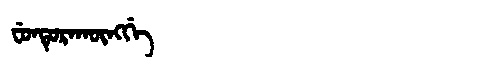
Manchu: ᠸᡠᠨᡨᡠᡵᠠᡴᡡᠩᡤᡝ
Romanization: FUNTURAKŪNGGE